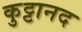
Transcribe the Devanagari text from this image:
कुट्टानद